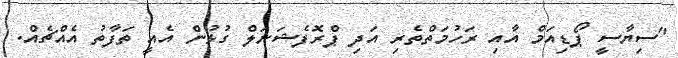
"ސިޔާސީ ޕޯޑިއަމް އާއި ރަހުމަތްތެރި އަދި ޕްރޮފެޝަނަލް ގުޅުން އެއީ ތަފާތު އެއްޗެއް.